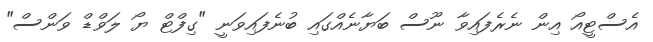
އެސްޓީއޯ އިން ނެރެފައިވާ ނޫސް ބަޔާނެއްގައި ބުނެފައިވަނީ "ގިފްޓް ޔޯ ލަވްޑް ވަންސް"